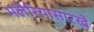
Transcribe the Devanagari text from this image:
मलेरियासारखे